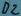
Text: D2